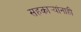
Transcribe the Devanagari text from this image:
सहकार्‍यांनाही